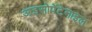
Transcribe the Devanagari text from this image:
आइसोपेंटेनाइल